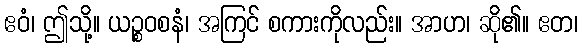
ဧဝံ၊ ဤသို့။ ယဉ္စဝစနံ၊ အကြင် စကားကိုလည်း။ အာဟ၊ ဆို၏။ ဧတ၊